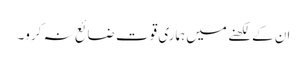
ان کے لکھنے میں ہماری قوت ضائع نہ کرو۔